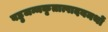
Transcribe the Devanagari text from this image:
बहुजन्मकृतात्पादयमर्थो